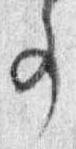
事